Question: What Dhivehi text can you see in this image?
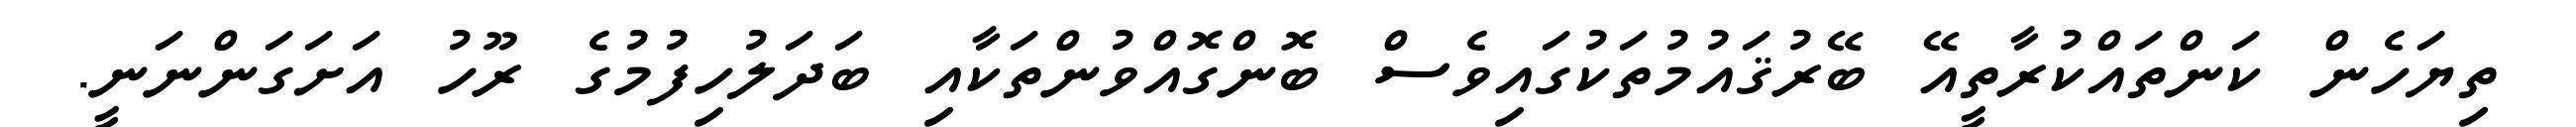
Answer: ތިޔަހެން ކަންތައްކުރާތީއޭ ބޭރުޤައުމުތަކުގައިވެސް ބޮންގޮއްވުންތަކާއި ބަދަލުހިފުމުގެ ރޫހު އަށަގަންނަނީ.